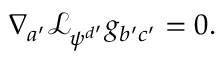
\nabla _ { a ^ { \prime } } \mathcal { L } _ { \psi ^ { d ^ { \prime } } } g _ { b ^ { \prime } c ^ { \prime } } = 0 .